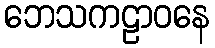
ဘေသကဠာဝနေ